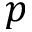
p